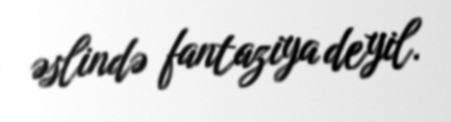
əslində fantaziya deyil.